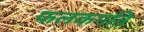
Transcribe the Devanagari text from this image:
फलकगति